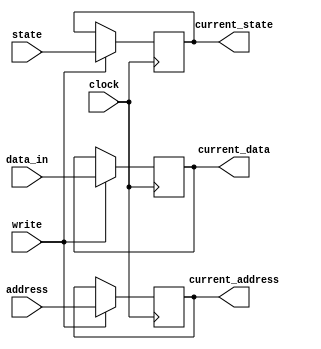
module cache_block(
			clock,
			write,
			state,
			address,
			data_in,
			current_state,
			current_address,
			current_data
);
	input clock;
	input write;
	input [1:0] state;
	input [2:0] address;
	input [3:0] data_in;
	output reg [1:0] current_state;
	output reg [2:0] current_address;
	output reg [3:0] current_data;
	
	initial begin
		current_state = 2'b00; // Invalid
		current_address = 3'b000;
		current_data = 4'b0000;
	end
	
	always @(posedge clock)
	begin
		if(write)
		begin
			current_state = state;
			current_address = address;
			current_data = data_in;
		end
	end

endmodule